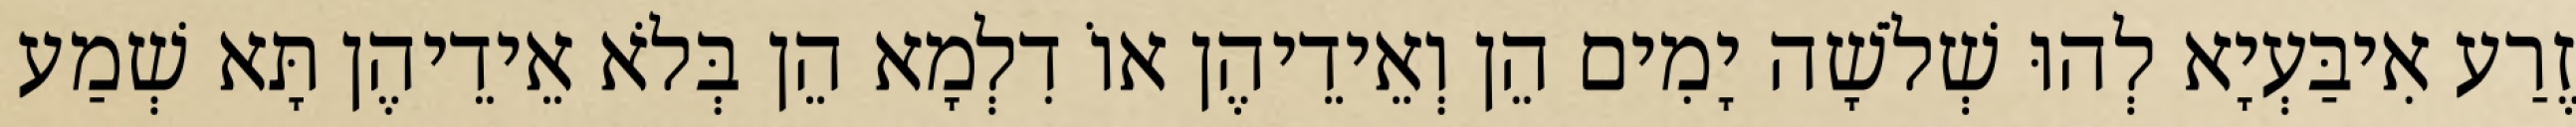
זֶרַע אִיבַּעְיָא לְהוּ שְׁלֹשָׁה יָמִים הֵן וְאֵידֵיהֶן אוֹ דִלְמָא הֵן בְּלֹא אֵידֵיהֶן תָּא שְׁמַע